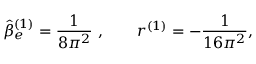
\hat { \beta } _ { e } ^ { ( 1 ) } = \frac 1 { 8 \pi ^ { 2 } } \ , \qquad r ^ { ( 1 ) } = - \frac 1 { 1 6 \pi ^ { 2 } } ,